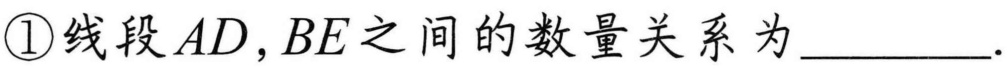
\textcircled{1}线段\(AD,BE\)之间的数量关系为________.